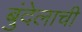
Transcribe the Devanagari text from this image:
बुंदेलाची